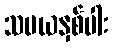
သမယနှစ်ပါး